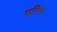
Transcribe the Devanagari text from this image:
परिस।